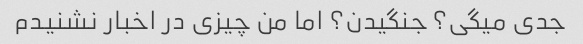
جدی میگی؟ جنگیدن؟ اما من چیزی در اخبار نشنیدم